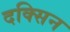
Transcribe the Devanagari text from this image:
दक्सिन